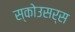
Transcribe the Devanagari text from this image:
स्कोउसर्स